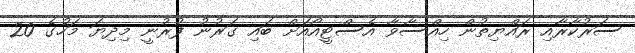
ސަރުކާރާއި ރައްޔިތުން ހިއްސާވާ އެސްޓީއޯއަށް ބައި ގަރުނު ފުރުނީ މިދިޔަ މަހުގެ 20